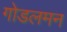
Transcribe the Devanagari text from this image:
गोडलमन